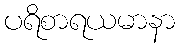
ပရိစာရယမာနာ